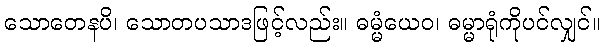
သောတေနပိ၊ သောတပသာဒဖြင့်လည်း။ ဓမ္မံယေဝ၊ ဓမ္မာရုံကိုပင်လျှင်။